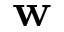
\mathbf { w }